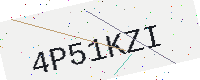
Text: 4P51KZI